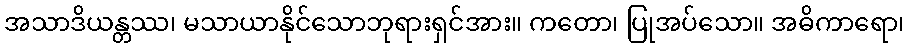
အသာဒိယန္တဿ၊ မသာယာနိုင်သောဘုရားရှင်အား။ ကတော၊ ပြုအပ်သော။ အဓိကာရော၊